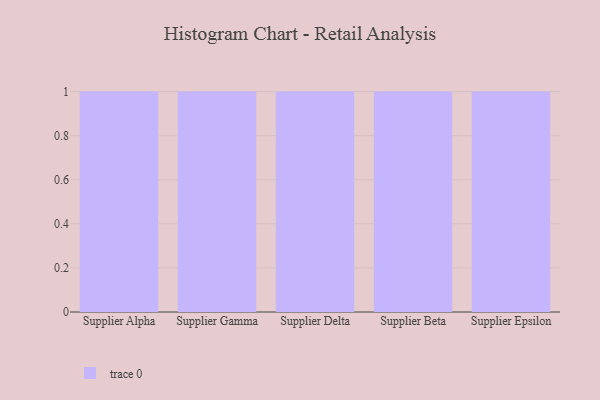
{"axis": {"x": "Supplier", "y": "Production Output"}, "legend": [""], "data": [{"x": "Supplier Alpha", "y": 49, "type": ""}, {"x": "Supplier Gamma", "y": 40, "type": ""}, {"x": "Supplier Delta", "y": 50, "type": ""}, {"x": "Supplier Beta", "y": 20, "type": ""}, {"x": "Supplier Epsilon", "y": 51, "type": ""}]}